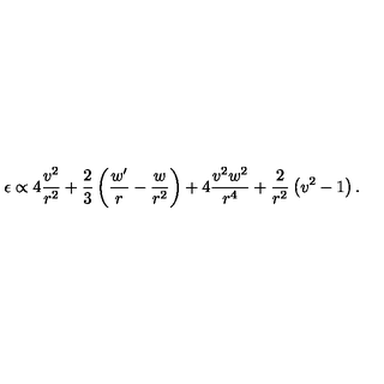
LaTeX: \epsilon \propto 4 \frac { v ^ { 2 } } { r ^ { 2 } } + \frac { 2 } { 3 } \left( \frac { w ^ { \prime } } { r } - \frac { w } { r ^ { 2 } } \right) + 4 \frac { v ^ { 2 } w ^ { 2 } } { r ^ { 4 } } + \frac { 2 } { r ^ { 2 } } \left( v ^ { 2 } - 1 \right) .